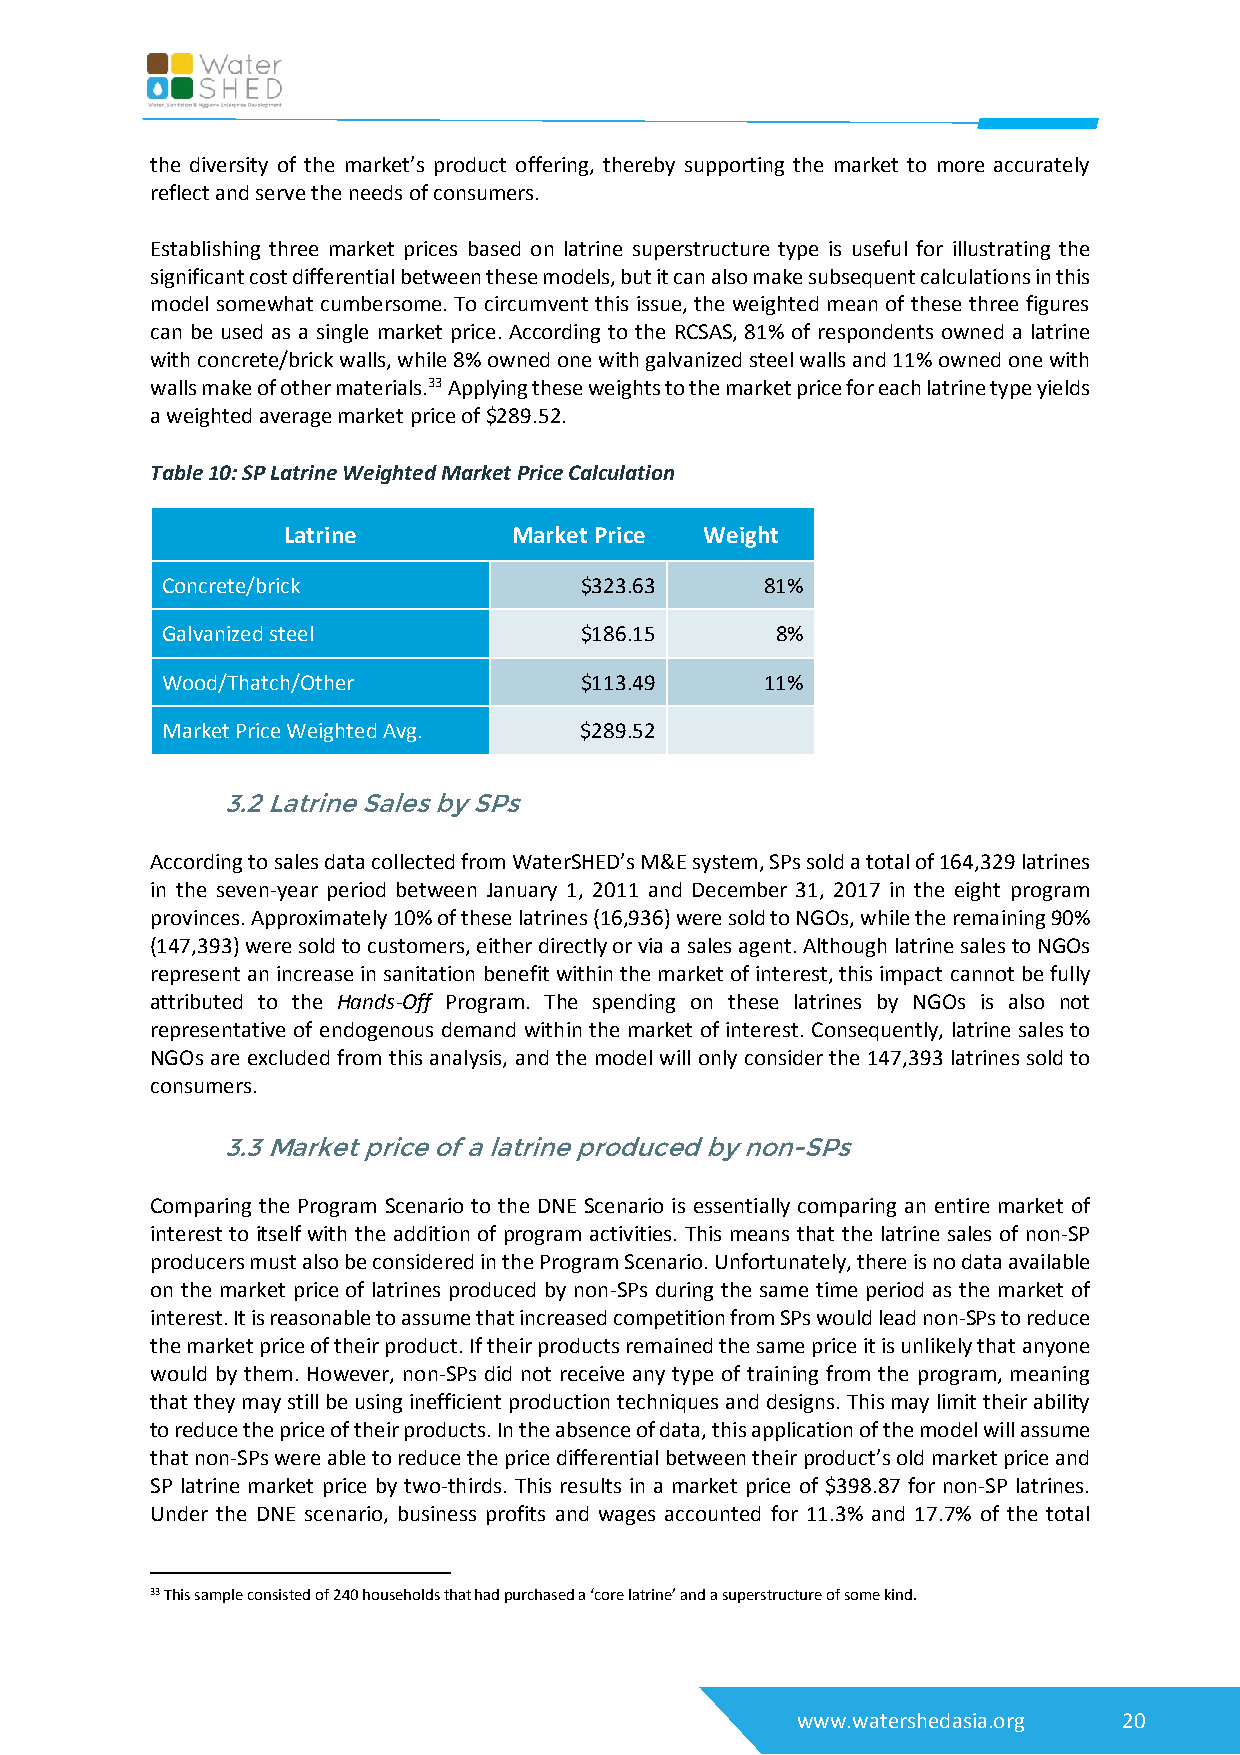
the diversity of the market’s product offering, thereby supporting the market to more accurately
 reflect and serve the needs of consumers.
 Establishing three market prices based on latrine superstructure type is useful for illustrating the
 significant cost differential between these models, but it can also make subsequent calculations in this
 model somewhat cumbersome. To circumvent this issue, the weighted mean of these three figures
 can be used as a single market price. According to the RCSAS, 81% of respondents owned a latrine
 with concrete/brick walls, while 8% owned one with galvanized steel walls and 11% owned one with
 walls make of other materials.33 Applying these weights to the market price for each latrine type yields
 a weighted average market price of $289.52.
 Table 10: SP Latrine Weighted Market Price Calculation
 Latrine        Market Price Weight
 Concrete/brick             $323.63      81%
 Galvanized steel           $186.15      8%
 Wood/Thatch/Other          $113.49      11%
 Market Price Weighted Avg. $289.52
 3.2 Latrine Sales by SPs
 According to sales data collected from WaterSHED’s M&E system, SPs sold a total of 164,329 latrines
 in the seven-year period between January 1, 2011 and December 31, 2017 in the eight program
 provinces. Approximately 10% of these latrines (16,936) were sold to NGOs, while the remaining 90%
 (147,393) were sold to customers, either directly or via a sales agent. Although latrine sales to NGOs
 represent an increase in sanitation benefit within the market of interest, this impact cannot be fully
 attributed to the Hands-Off Program. The spending on these latrines by NGOs is also not
 representative of endogenous demand within the market of interest. Consequently, latrine sales to
 NGOs are excluded from this analysis, and the model will only consider the 147,393 latrines sold to
 consumers.
 3.3 Market price of a latrine produced by non-SPs
 Comparing the Program Scenario to the DNE Scenario is essentially comparing an entire market of
 interest to itself with the addition of program activities. This means that the latrine sales of non-SP
 producers must also be considered in the Program Scenario. Unfortunately, there is no data available
 on the market price of latrines produced by non-SPs during the same time period as the market of
 interest. It is reasonable to assume that increased competition from SPs would lead non-SPs to reduce
 the market price of their product. If their products remained the same price it is unlikely that anyone
 would by them. However, non-SPs did not receive any type of training from the program, meaning
 that they may still be using inefficient production techniques and designs. This may limit their ability
 to reduce the price of their products. In the absence of data, this application of the model will assume
 that non-SPs were able to reduce the price differential between their product’s old market price and
 SP latrine market price by two-thirds. This results in a market price of $398.87 for non-SP latrines.
 Under the DNE scenario, business profits and wages accounted for 11.3% and 17.7% of the total
 33 This sample consisted of 240 households that had purchased a ‘core latrine’ and a superstructure of some kind.
 www.watershedasia.org 20